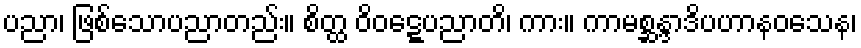
ပညာ၊ ဖြစ်သောပညာတည်း။ စိတ္ထ ဝိဝဋ္ဋေပညာတိ၊ ကား။ ကာမစ္ဆန္ဒာဒိပဟာနဝသေန၊